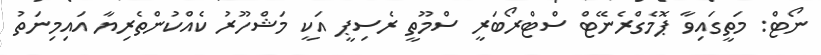
ނޯޓް: މަތީގައިވާ ޕޮމެގްރެނޭޓް ސްޓްރޯބަރީ ސްމޫތީ ރެސިޕީ އަކީ މަޝްހޫރު ކެއްކުންތެރިޔާ އައިމިނަތު